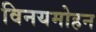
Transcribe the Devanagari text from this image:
विनयमोहन